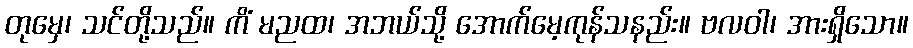
တုမှေ၊ သင်တို့သည်။ ကိံ မညထ၊ အဘယ်သို့ အောက်မေ့ကုန်သနည်း။ ဗလဝါ၊ အားရှိသော။